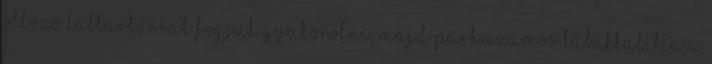
ollózó lábtartással fogjuk gyakorolni, majd párhuzamos lábakkal. Ha a